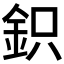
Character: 鉙